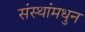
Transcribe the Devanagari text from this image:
संस्थांमधुन